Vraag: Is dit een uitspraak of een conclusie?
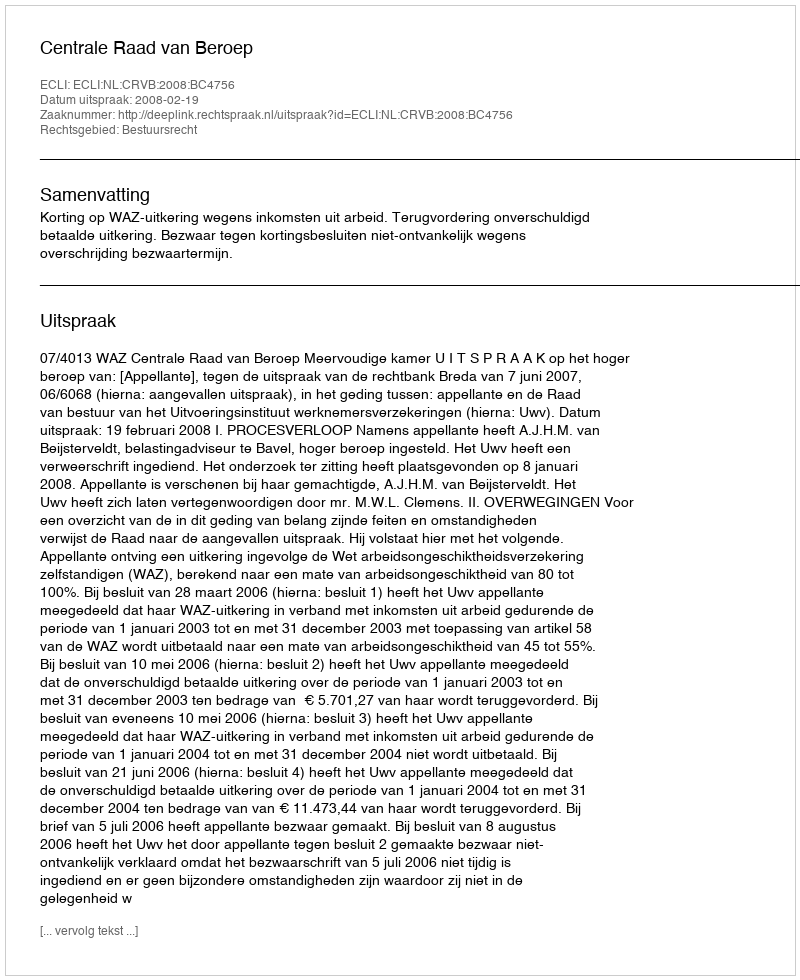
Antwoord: Uitspraak